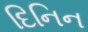
દિનિન